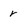
Character: r